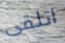
اتلقى